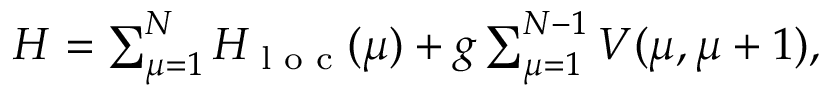
\begin{array} { r } { H = \sum _ { \mu = 1 } ^ { N } H _ { \textrm { l o c } } ( \mu ) + g \sum _ { \mu = 1 } ^ { N - 1 } V ( \mu , \mu + 1 ) , } \end{array}